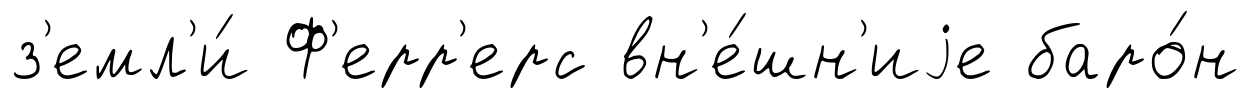
з'емл'и́ Ф'ерр'ерс вн'е́шн'иjе баро́н